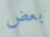
بعض